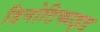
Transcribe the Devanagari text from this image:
डिनोटिफाइड